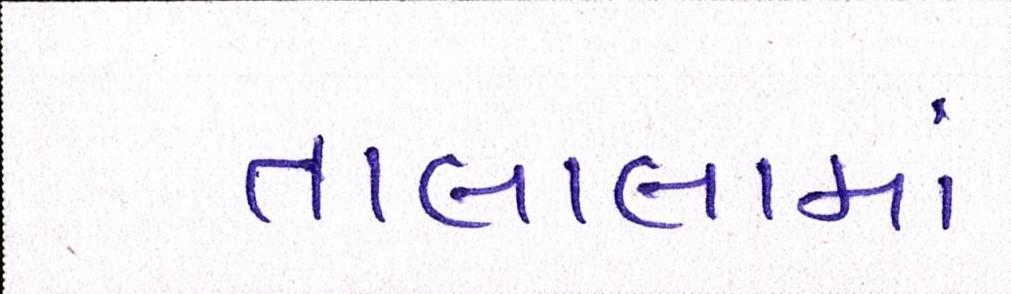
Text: તાલાલામાં